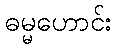
ဓမ္မဟောင်း